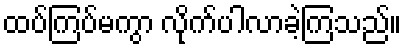
ထပ်ကြပ်မကွာ လိုက်ပါလာခဲ့ကြသည်။